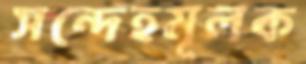
সন্দেহমূলক